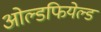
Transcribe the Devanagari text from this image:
ओल्डफियेल्ड